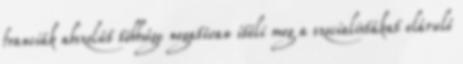
franciák abszolút többsége negatívan ítéli meg a szocialistákat eláruló